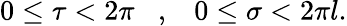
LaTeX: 0\leq\tau<2\pi\; \; \; ,\; \; \; 0\leq\sigma<2\pi l.